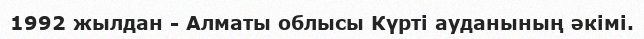
1992 жылдан - Алматы облысы Күрті ауданының әкімі.